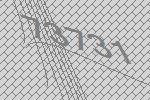
73731